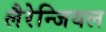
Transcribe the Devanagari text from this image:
लैरेन्जियल